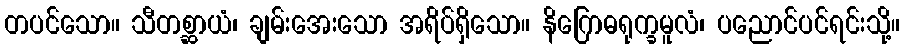
တပင်သော။ သီတစ္ဆာယံ၊ ချမ်းအေးသော အရိပ်ရှိသော။ နိဂြောဓရုက္ခမူလံ၊ ပညောင်ပင်ရင်းသို့။